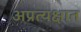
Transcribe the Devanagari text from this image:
अप्रत्यक्षात